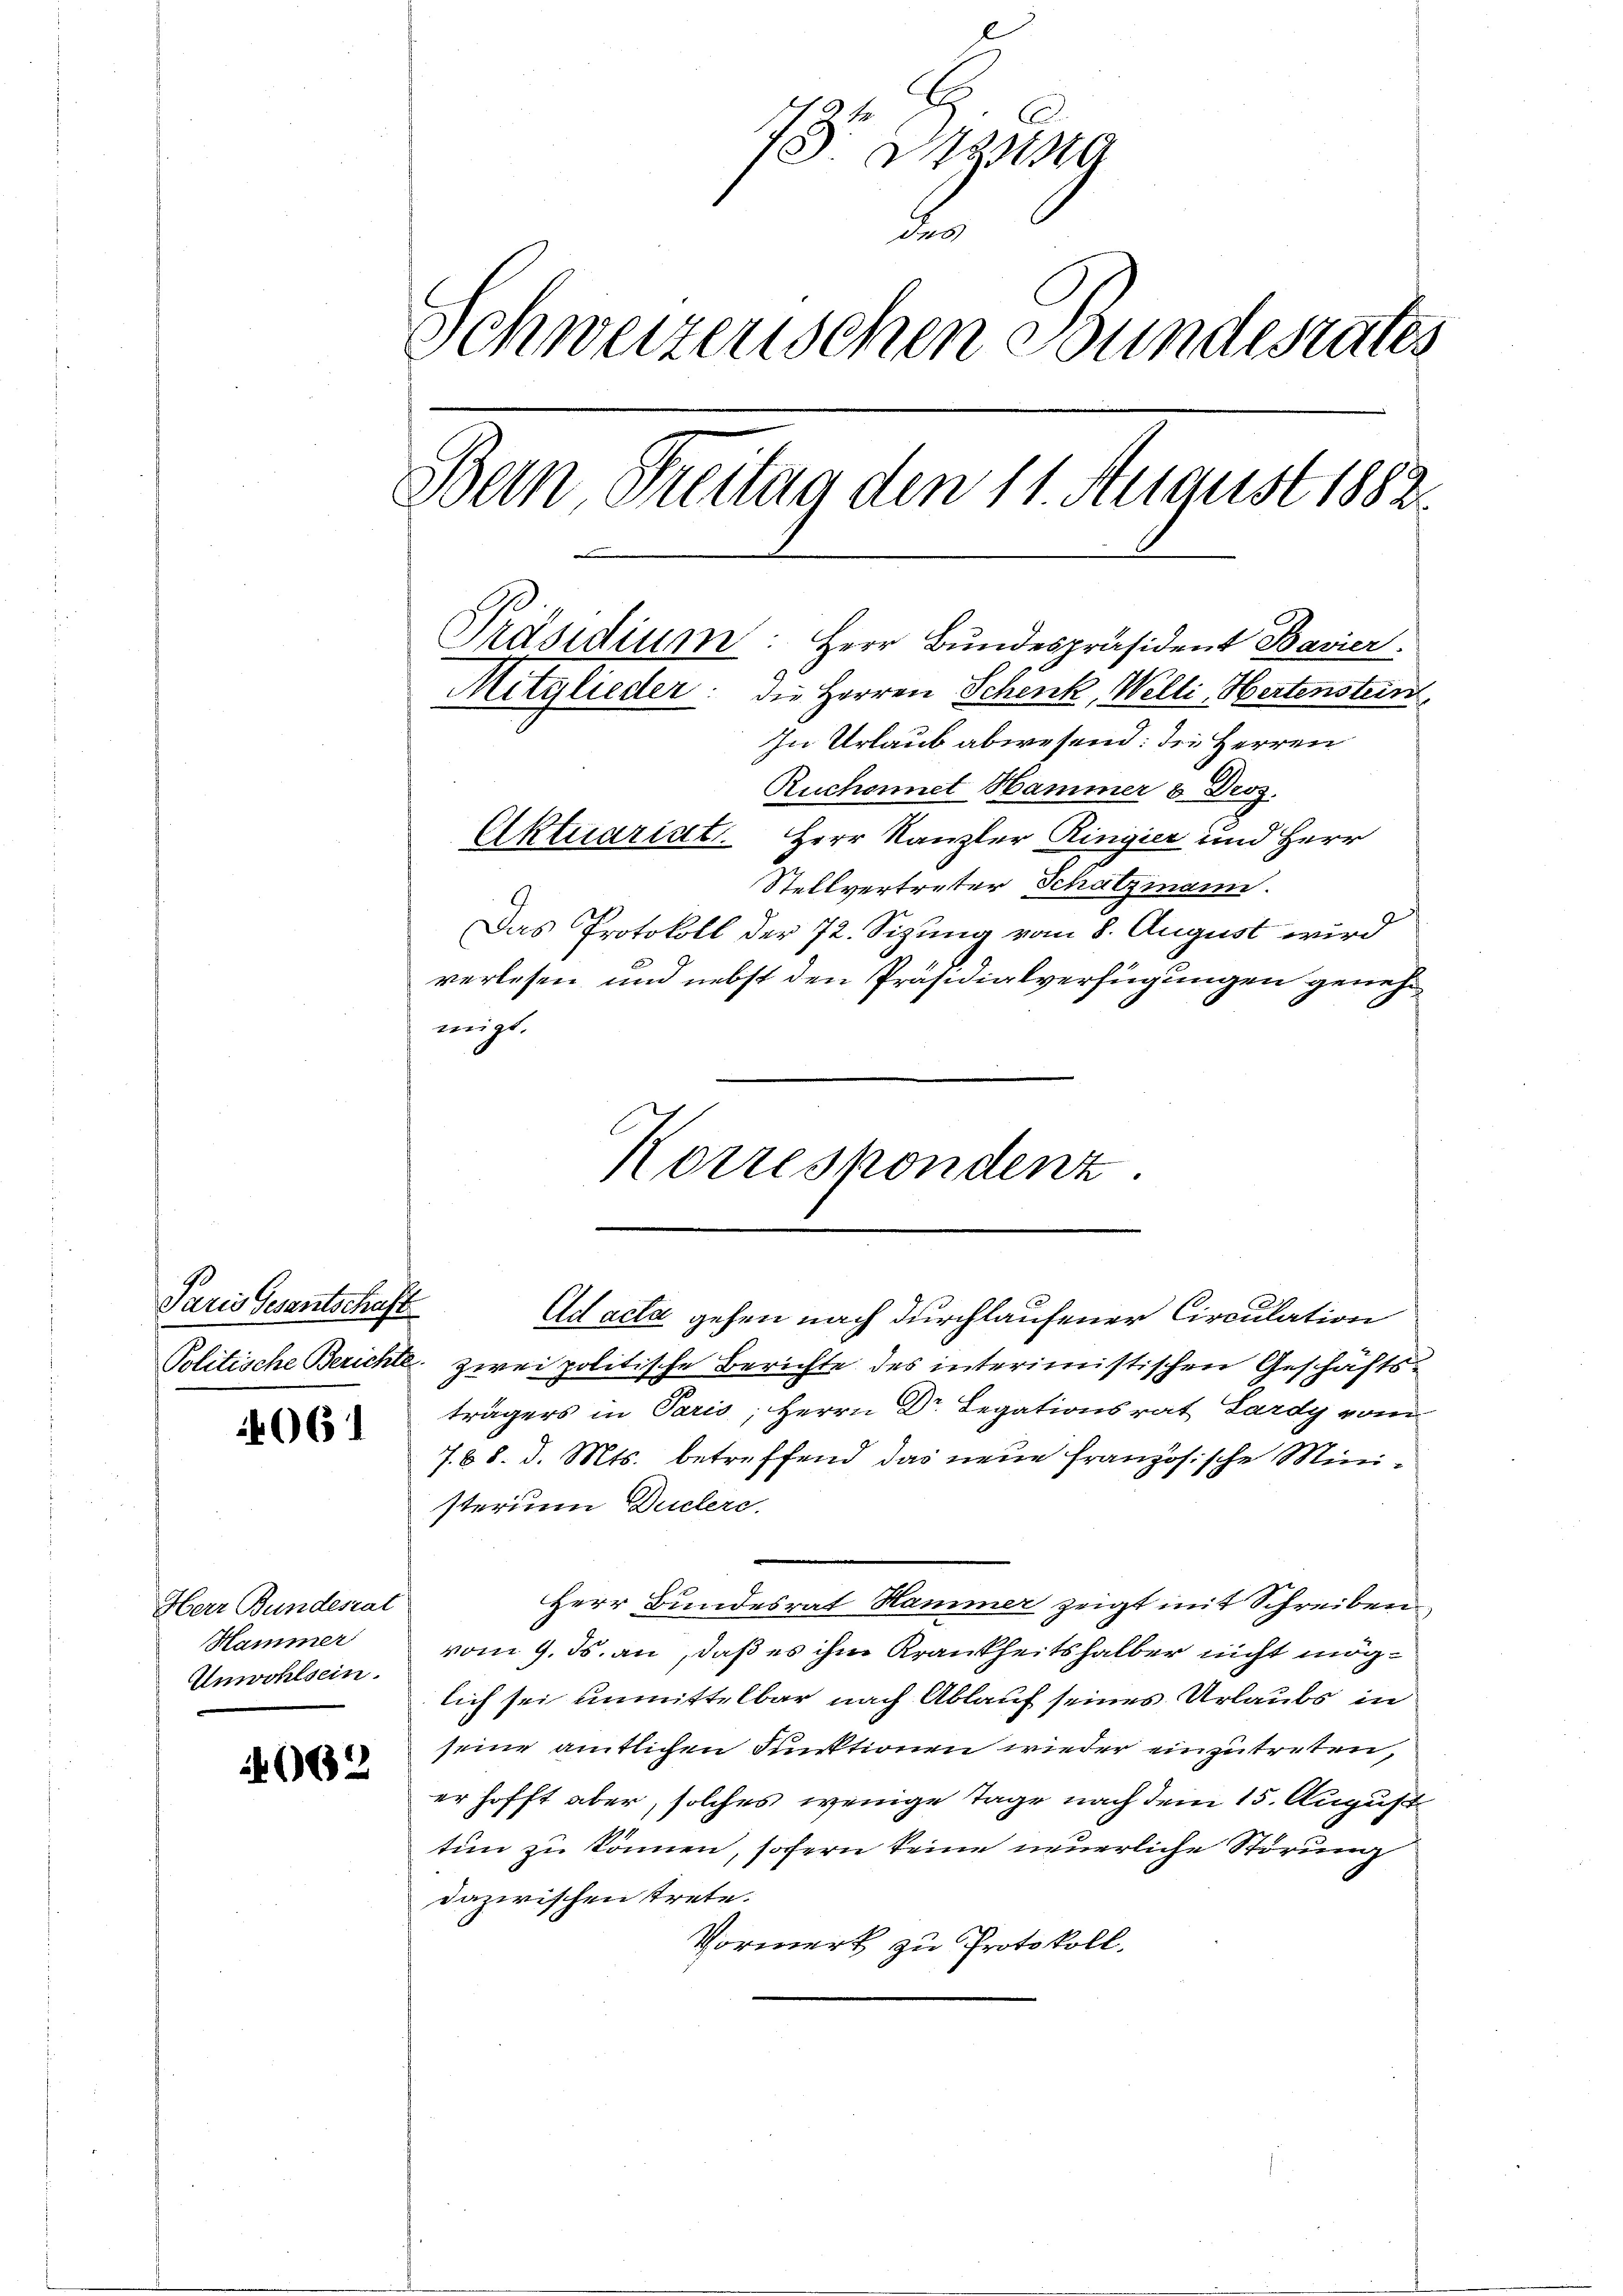
Paris Gesantschaft

4061

Herr Bundesrat
Hammer
Unwohlsein.

4662

Digna
2
Schweizerischen Bundesrates
Bein Breitag den 11. August 1882.

Präsidium: Herr Bundespräsident Bavier
Mitglieder: die Herren Schenk, Welli, Hertenstein
In Urlaub abwesend: die Herren
Ruchennet Hammer u. Droz.
Aktuariat. Herr Kanzler Ringier und Herr
Stellvertreter Schatzmann.
Das Protokoll der 72. Sizung vom 8. August wird
verlesen und nebst den Präsidialverfügungen genehmigt.

Korrespondenz
Ad acta gehen nach durchlaufener Circulation

Politische Berichte zwei politische Berichte des interimistischen Geschäftsträgers in Paris; Herrn Dr. Legationsrat Lardy vom
7. 68. d. Mts. betreffend das neue Französische Ministerium Duclerc
Herr Bundesrat Hammer zeigt mit Schreiben,
vom 9. ds. an, daß es ihm Krankheitshalber nicht möglich sei unmittelbar nach Ablauf seines Urlaubs in
seine amtlichen Funktionen wieder einzutreten,
er hofft aber, solches wenige Tage nach dem 15. August
tun zu können, sofern keine neuerliche Störung
dazwischen trete.
Vormerk zu Protokoll.